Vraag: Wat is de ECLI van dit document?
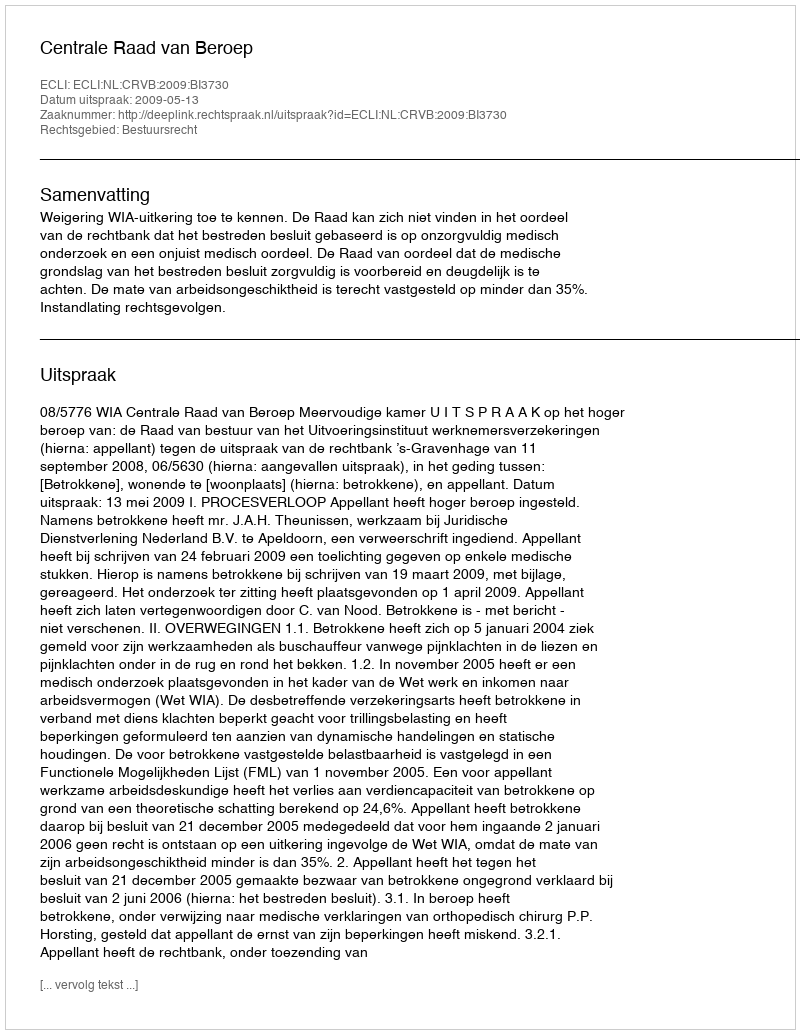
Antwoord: ECLI:NL:CRVB:2009:BI3730